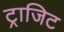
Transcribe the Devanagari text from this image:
ट्राजिट